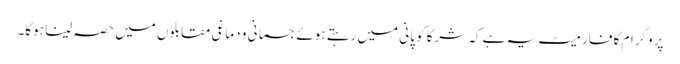
پروگرام کا فارمیٹ یہ ہے کہ شرکا کو پانی میں رہتے ہوئے جسمانی و دماغی مقابلوں میں حصہ لینا ہوگا۔